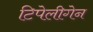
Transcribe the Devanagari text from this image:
टिपेलीगेन